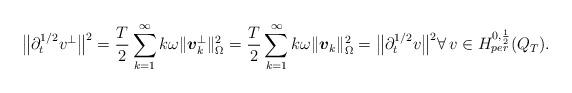
LaTeX: \begin{align*} \big\|\partial^{1/2}_t v^\perp\big\| ^2 = \frac{T}{2} \sum_{k=1}^\infty k \omega \|\boldsymbol{v}_k^\perp\|_{\Omega}^2 = \frac{T}{2} \sum_{k=1}^\infty k \omega \|\boldsymbol{v}_k\|_{\Omega}^2 = \big\|\partial^{1/2}_t v\big\| ^2 \forall \, v \in H^{0,\frac{1}{2}}_{per}(Q_T).\end{align*}